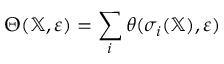
\Theta ( \mathbb { X } , \varepsilon ) = \sum _ { i } \theta ( \sigma _ { i } ( \mathbb { X } ) , \varepsilon )